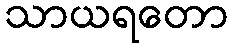
သာယရတော